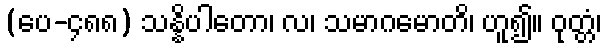
(ပေ-၄၈၈) သန္နိပါတော၊ လ၊ သမာဂမောတိ၊ ဟူ၍။ ဝုတ္တံ၊